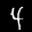
Label: 4